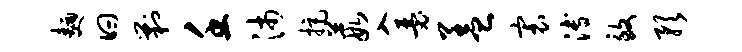
面曰剿壬沛拒葭入瑟盖寰溥致预